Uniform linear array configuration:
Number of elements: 32
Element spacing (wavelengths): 0.75
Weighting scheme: kaiser
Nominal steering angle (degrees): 60
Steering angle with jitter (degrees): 59.366
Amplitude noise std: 0.05
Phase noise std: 0.05

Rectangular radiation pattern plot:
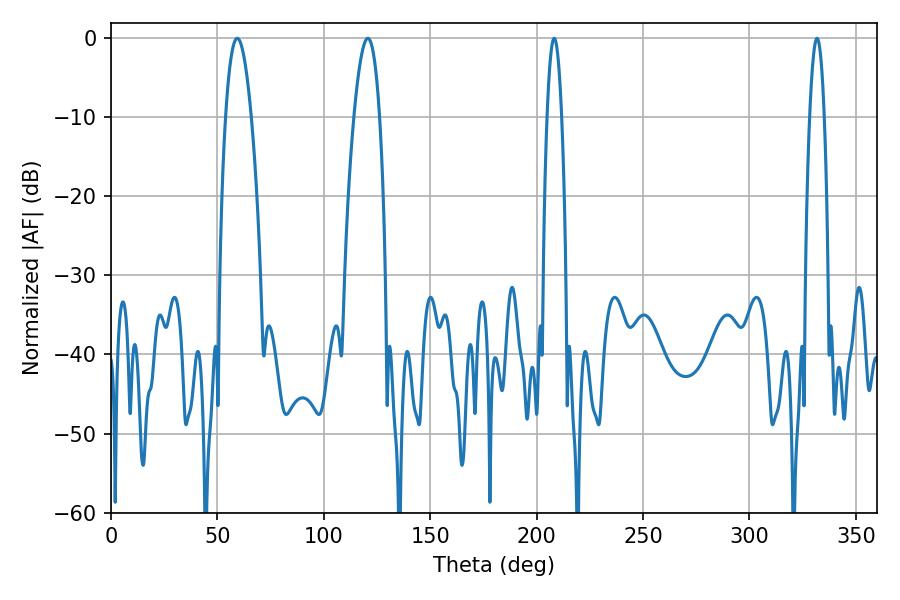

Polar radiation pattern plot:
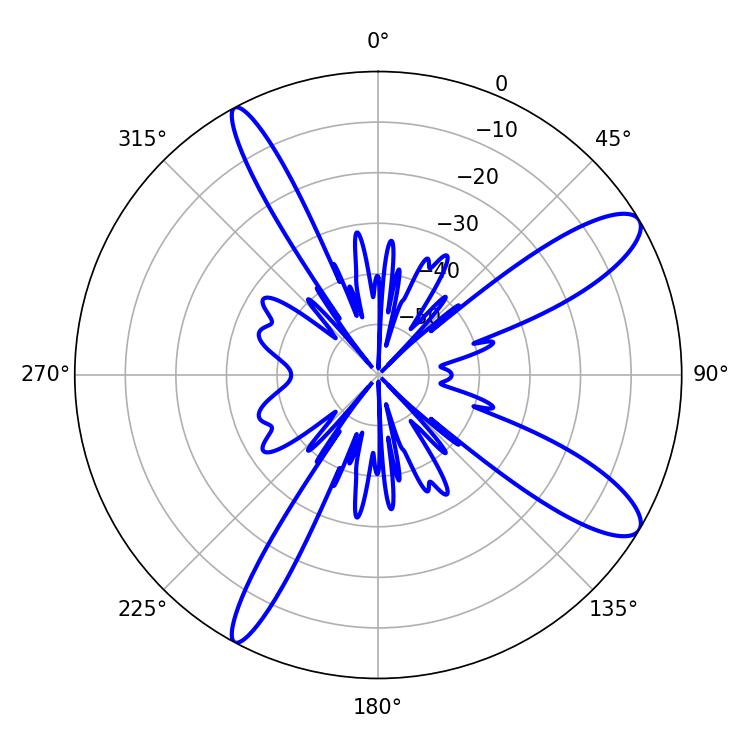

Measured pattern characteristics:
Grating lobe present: TRUE
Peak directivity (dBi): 11.333
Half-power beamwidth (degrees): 3.6
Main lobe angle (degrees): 208.26